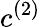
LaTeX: c^{(2)}